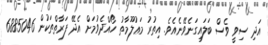
އަދި ސިވީ ވެސް ބަލައިގަނެވޭނެއެވެ. އިތުރު މަޢުލޫމާތު ހޯއްދެވުމަށް އެދޭ ފަރާތްތަކުން 6885046